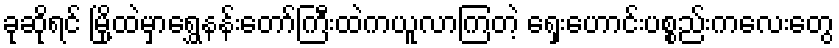
ခုဆိုရင် မြို့ထဲမှာရွှေနန်းတော်ကြီးထဲကယူလာကြတဲ့ ရှေးဟောင်းပစ္စည်းကလေးတွေ